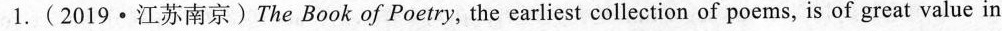
1.(2019·江苏南京)The Book of Poetry, the earliest collection of poems, is of great value in